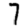
Digit: 7